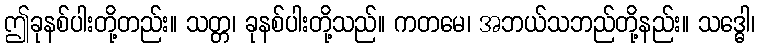
ဤခုနစ်ပါးတို့တည်း။ သတ္တ၊ ခုနစ်ပါးတို့သည်။ ကတမေ၊ အဘယ်သဘည်တို့နည်း။ သဒ္ဓေါ၊